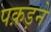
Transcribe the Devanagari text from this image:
पक़ड़ने